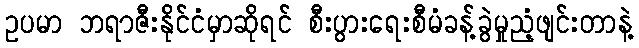
ဥပမာ ဘရာဇီးနိုင်ငံမှာဆိုရင် စီးပွားရေးစီမံခန့်ခွဲမှုညံ့ဖျင်းတာနဲ့